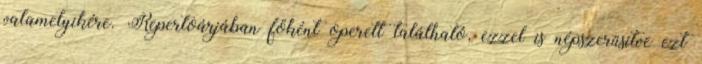
valamelyikére. Repertoárjában főként operett található, ezzel is népszerűsítve ezt